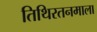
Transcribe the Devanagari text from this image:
तिथिरतनमाला